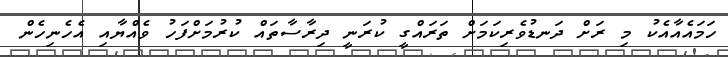
ހަމައެއާއެކު މި ރަށް ދަނޑުވެރިކަމަށް ތަރައްގީ ކުރަނީ ދިރާސާތައް ކުރުމަށްފަހު ވެއްޔާއި އެހެނިހެން